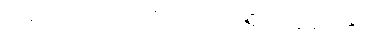
ဟူသော ကြျောစော ကိတ်တိရှိလာခဲ့လေ၏။